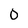
Character: O